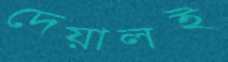
দেয়ালই